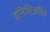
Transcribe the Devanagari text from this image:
इनिशिअतिव